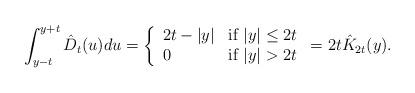
LaTeX: \begin{align*}\int_{y-t}^{y+t}\hat{D}_{t}(u)du=\left\{\begin{array}{ll}2t-|y| &\mbox{if $|y|\leq 2t$}\\$0$ &\mbox{if $|y|>2t$}\end{array}\right.=2t\hat{K}_{2t}(y).\end{align*}